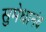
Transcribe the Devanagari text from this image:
सुमेधानंद